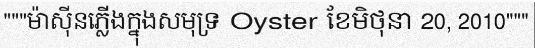
"""ម៉ាស៊ីនភ្លើងក្នុងសមុទ្រ Oyster ខែមិថុនា 20, 2010"""